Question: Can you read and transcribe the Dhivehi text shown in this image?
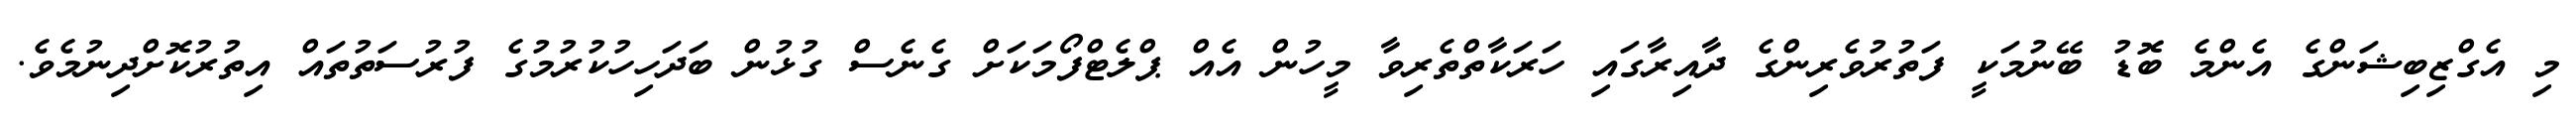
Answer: މި އެގްޒިބިޝަންގެ އެންމެ ބޮޑު ބޭނުމަކީ ފަތުރުވެރިންގެ ދާއިރާގައި ހަރަކާތްތެރިވާ މީހުން އެއް ޕްލެޓްފޯމަކަށް ގެނެސް ގުޅުން ބަދަހިހުކުރުމުގެ ފުރުސަތުތައް އިތުރުކޮށްދިނުމެވެ.